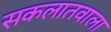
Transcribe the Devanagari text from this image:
सकलातवाला